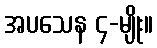
အပသေန ၄-မျိုး။